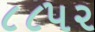
૮૮૫૨